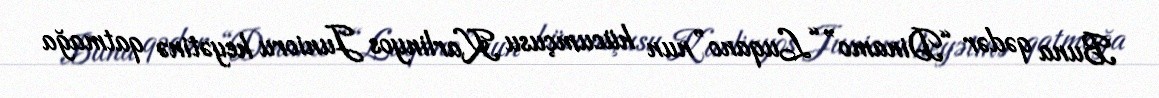
Buna qədər “Dinamo” “Luqano”nun hücumçusu Karlinyos Junioru heyətinə qatmağa